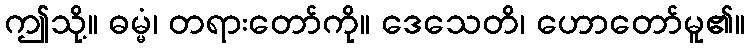
ဤသို့။ ဓမ္မံ၊ တရားတော်ကို။ ဒေသေတိ၊ ဟောတော်မူ၏။